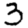
Digit: 3